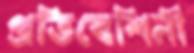
প্রতিবেশিনী